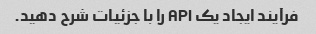
فرآیند ایجاد یک API را با جزئیات شرح دهید.